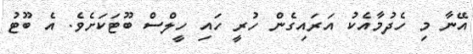
އޭނާ މި ހެދުމާއެކު އަރައިގެން ހުރީ ހައި ހީލްސް ބޫޓަކަށެވެ. އެ ބޫޓު